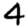
Digit: 4